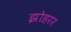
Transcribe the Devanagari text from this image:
झोहरर